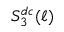
S _ { 3 } ^ { d c } ( \ell )